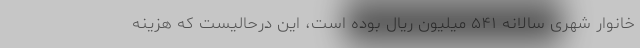
خانوار شهری سالانه ۵۴۱ میلیون ریال بوده است، این درحالیست که هزینه